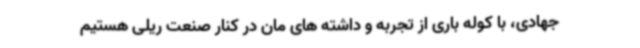
جهادی، با کوله باری از تجربه و داشته های مان در کنار صنعت ریلی هستیم